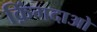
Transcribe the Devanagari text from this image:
क़िंगदाओ